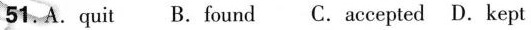
51.A. quit B. found C. accepted D. kept